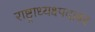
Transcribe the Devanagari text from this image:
राष्ट्राध्यक्ष्पदावर